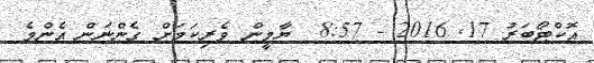
އޮކްޓޯބަރު 17